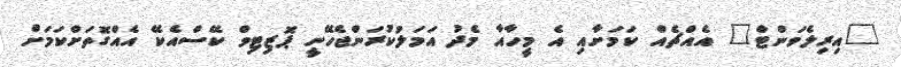
"އިރިލެވަންޓް" އެއްޗެއް ކަމަށާއި އެ މީހާއާ މެދު އަމަލުކުރަންޖެހޭނީ ޕޮޒިޓިވް ކޭސްއެކޭ އެއްގޮތަށްކަމަށް